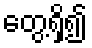
တွေ့ရှိ၍